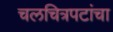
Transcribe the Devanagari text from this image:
चलचित्रपटांचा